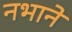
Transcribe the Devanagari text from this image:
नभाने